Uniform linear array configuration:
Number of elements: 12
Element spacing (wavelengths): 1
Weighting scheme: kaiser
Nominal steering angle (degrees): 0
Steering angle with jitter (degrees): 0.7356
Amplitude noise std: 0.05
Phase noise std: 0.05

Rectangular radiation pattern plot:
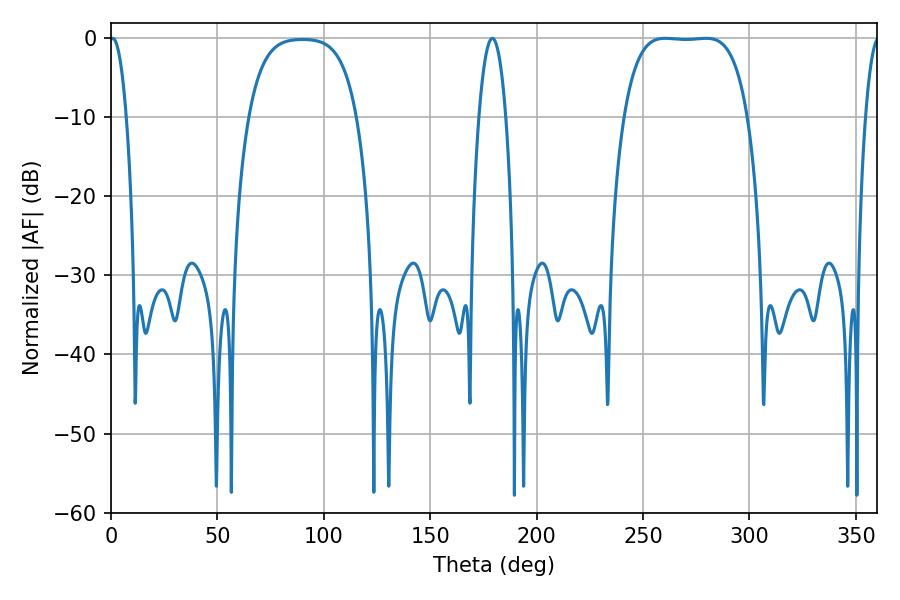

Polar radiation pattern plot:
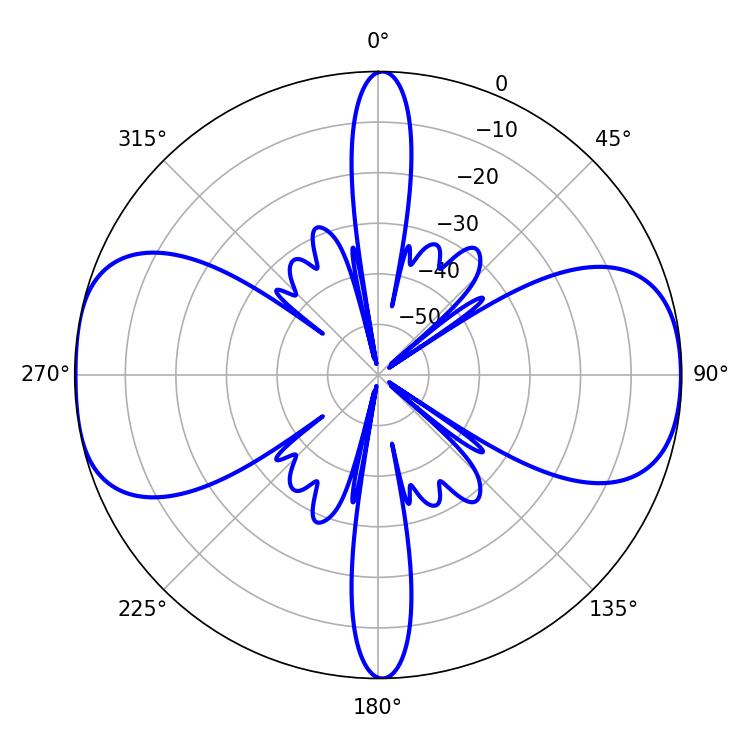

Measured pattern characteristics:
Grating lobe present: TRUE
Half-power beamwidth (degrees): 45
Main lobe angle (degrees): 279.72